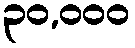
၃၀,၀၀၀